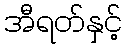
အီရတ်နှင့်